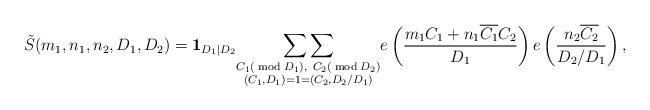
LaTeX: \begin{align*}\tilde{S}(m_1, n_1, n_2, D_1, D_2) = \textbf{1}_{D_1 | D_2} \underset{\substack{C_1 (\bmod{D_1}),\ C_2(\bmod{D_2}) \\ (C_1, D_1) = 1 = (C_2, D_2/D_1)}}{\sum \sum} e\left(\frac{m_1 C_1 + n_1 \overline{C_1} C_2}{D_1}\right) e\left(\frac{n_2 \overline{C_2}}{D_2/D_1}\right),\end{align*}